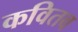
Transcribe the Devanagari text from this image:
कवितव